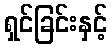
ရှင်ခြင်းနှင့်